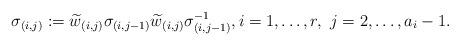
LaTeX: \begin{align*}\sigma_{(i,j)}:=\widetilde{w}_{{(i,j)}}\sigma_{(i,j-1)}\widetilde{w}_{{(i,j)}}\sigma_{(i,j-1)}^{-1},i=1,\dots, r,\ j=2,\dots, a_i-1.\end{align*}